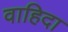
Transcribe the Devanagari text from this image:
वाहिदा